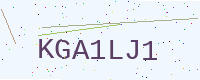
Text: KGA1LJ1